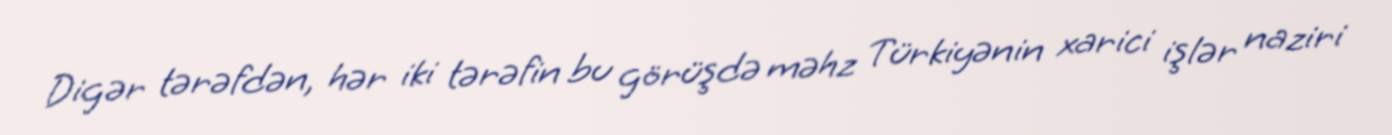
Digər tərəfdən, hər iki tərəfin bu görüşdə məhz Türkiyənin xarici işlər naziri